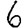
Digit: 6